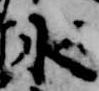
水